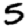
Digit: 5